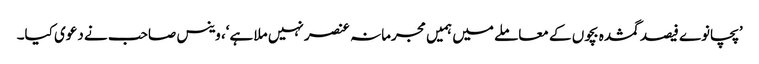
’پچانوے فیصد گمشدہ بچوں کے معاملے میں ہمیں مجرمانہ عنصر نہیں ملا ہے‘، وینس صاحب نے دعوی کیا۔